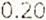
0.20